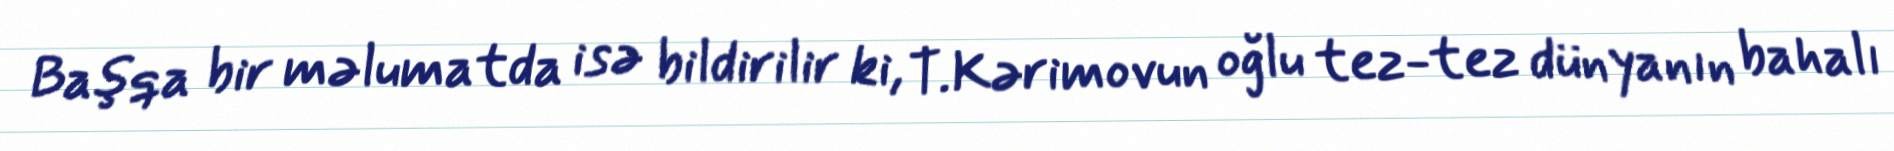
Başqa bir məlumatda isə bildirilir ki, T.Kərimovun oğlu tez-tez dünyanın bahalı